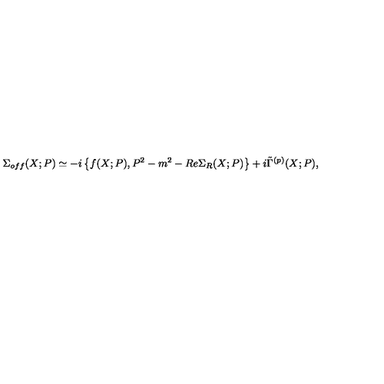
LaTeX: \Sigma _ { o f f } ( X ; P ) \simeq - i \left\{ f ( X ; P ) , P ^ { 2 } - m ^ { 2 } - R e \Sigma _ { R } ( X ; P ) \right\} + i \tilde { \Gamma } ^ { ( p ) } ( X ; P ) ,